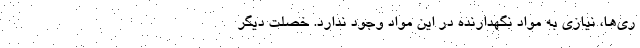
ری‌ها، نیازی به مواد نگهدارنده در این مواد وجود ندارد. خصلت دیگر